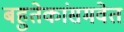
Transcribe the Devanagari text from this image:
बहुतेकांसमवेत